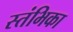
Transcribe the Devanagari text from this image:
स्तंभिका